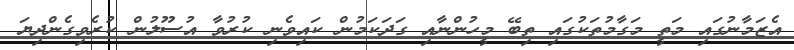
އެޒަމާނުގައި މަތީ މަގާމުތަކުގައި ތިބޭ މީހުންނާއި ގަދަކަމުން ކައިވެނި ކުރުވާ އުސޫލުން ކުރެވިގެންދިޔަ